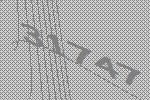
31747